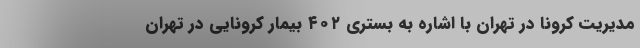
مدیریت کرونا در تهران با اشاره به بستری ۴۰۲ بیمار کرونایی در تهران